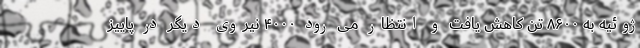
ژوئیه به ۸۶۰۰ تن کاهش یافت و انتظار می رود ۴۰۰۰ نیروی دیگر در پاییز